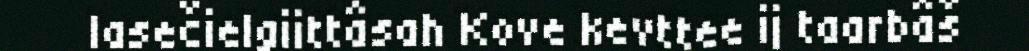
lasečielgiittâsah Kove kevttee ij taarbâš